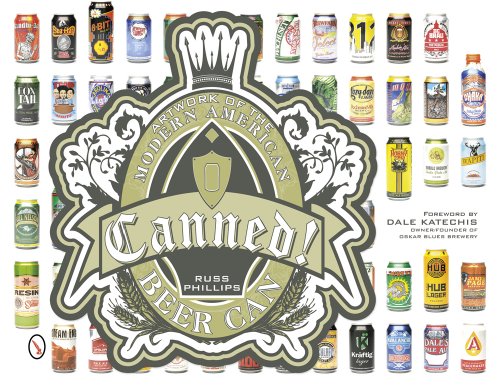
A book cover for Canned!: Artwork of the Modern American Beer Can; Russ Phillips; Crafts, Hobbies & Home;